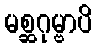
မစ္ဆဂုမ္ဗာပိ